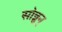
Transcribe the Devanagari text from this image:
सोन्नुन्